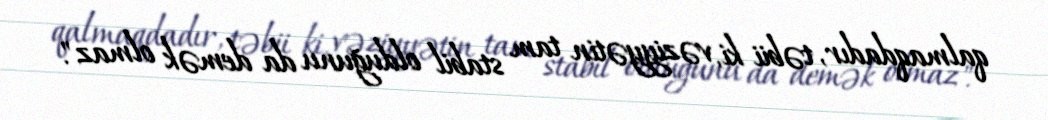
qalmaqdadır, təbii ki, vəziyyətin tam stabil olduğunu da demək olmaz".